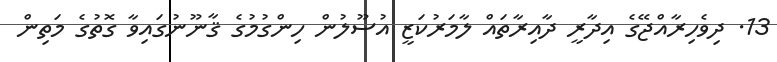
13. ދިވެހިރާއްޖޭގެ އިދާރީ ދާއިރާތައް ލާމަރުކަޒީ އުސޫލުން ހިންގުމުގެ ޤާނޫނުގައިވާ ގޮތުގެ މަތިން